Annual report of the Punjab Veterinary College and of the Civil Veterinary Department, Punjab - 1926-1932
Year: 1926
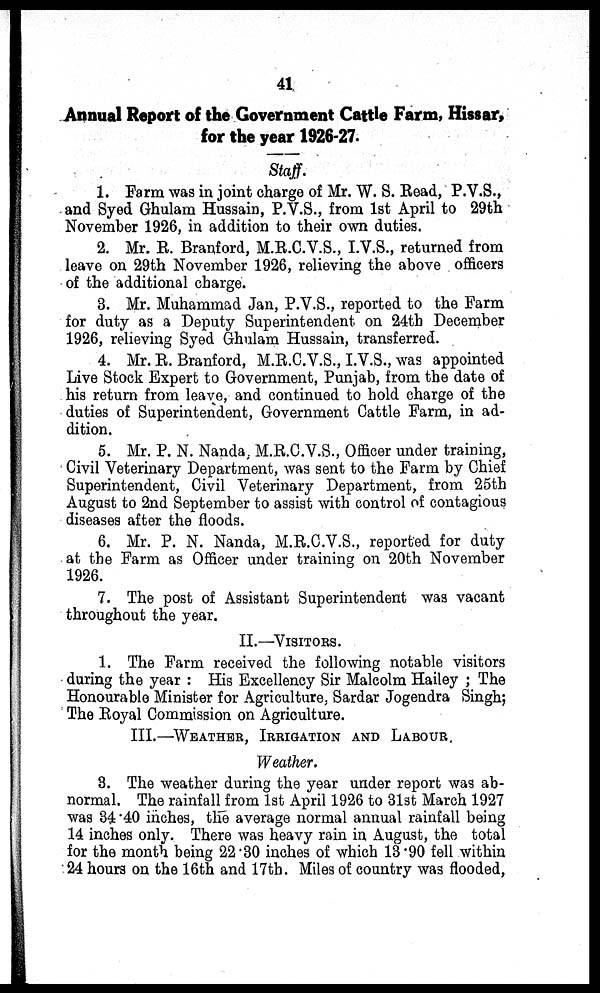
41
Annual Report of the Government Cattle Farm, Hissar,
for the year 1926-27.
Staff.
1. Farm was in joint charge of Mr. W. S. Read, P.V.S.,
and Syed Ghulam Hussain, P.V.S., from 1st April to 29th
November 1926, in addition to their own duties.
2. Mr. R. Branford, M.R.C.V.S., I.V.S., returned from
leave on 29th November 1926, relieving the above officers
of the additional charge.
3. Mr. Muhammad Jan, P.V.S., reported to the Farm
for duty as a Deputy Superintendent on 24th December
1926, relieving Syed Ghulam Hussain, transferred.
4. Mr. R. Branford, M.R.C.V.S., I.V.S., was appointed
Live Stock Expert to Government, Punjab, from the date of
his return from leave, and continued to hold charge of the
duties of Superintendent, Government Cattle Farm, in ad-
dition.
5. Mr. P. N. Nanda, M.R.C.V.S., Officer under training,
Civil Veterinary Department, was sent to the Farm by Chief
Superintendent, Civil Veterinary Department, from 25th
August to 2nd September to assist with control of contagious
diseases after the floods.
6. Mr. P. N. Nanda, M.R.C.V.S., reported for duty
at the Farm as Officer under training on 20th November
1926.
7. The post of Assistant Superintendent was vacant
throughout the year.
II.—VISITORS.
1. The Farm received the following notable visitors
during the year : His Excellency Sir Malcolm Hailey ; The
Honourable Minister for Agriculture, Sardar Jogendra Singh;
The Royal Commission on Agriculture.
III.—WEATHER, IRRIGATION AND LABOUR.
Weather.
3. The weather during the year under report was ab-
normal. The rainfall from 1st April 1926 to 31st March 1927
was 34.40 inches, the average normal annual rainfall being
14 inches only. There was heavy rain in August, the total
for the month being 22.30 inches of which 13.90 fell within
24 hours on the 16th and 17th. Miles of country was flooded,